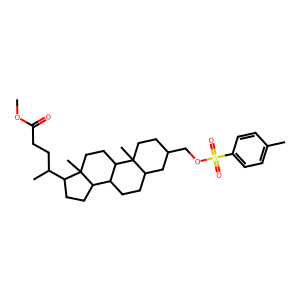
SMILES: COC(=O)CCC(C)C1CCC2C3CCC4CC(COS(=O)(=O)c5ccc(C)cc5)CCC4(C)C3CCC12C
Inhibits HIV replication: No